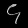
Digit: ၄